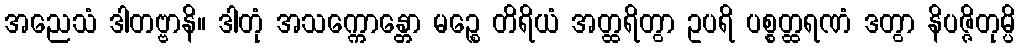
အညေသံ ဒါတဗ္ဗာနိ။ ဒါတုံ အသက္ကောန္တော မဉ္စေ တိရိယံ အတ္ထရိတွာ ဥပရိ ပစ္စတ္ထရဏံ ဒတွာ နိပဇ္ဇိတုမ္ပိ